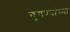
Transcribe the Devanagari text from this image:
बुगण्यांच्या